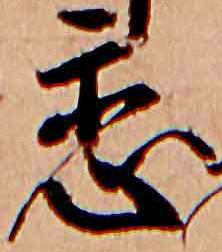
恋